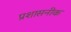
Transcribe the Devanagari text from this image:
प्रशासनीक